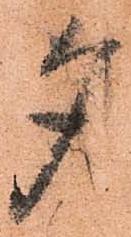
夕